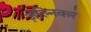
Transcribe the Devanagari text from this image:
ज़ेल्निकर